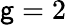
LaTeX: {\mathsf{g}=2}